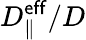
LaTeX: D_{\parallel}^{\mathsf{eff}}/D